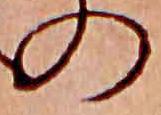
の